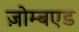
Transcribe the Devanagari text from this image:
ज़ोम्बएड